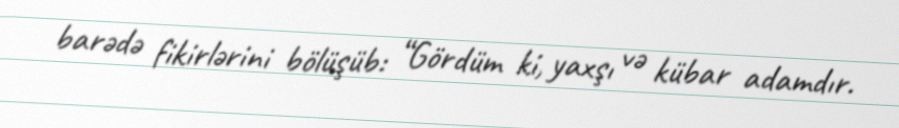
barədə fikirlərini bölüşüb: “Gördüm ki, yaxşı və kübar adamdır.